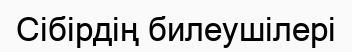
Сібірдің билеушілері